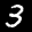
Label: 3